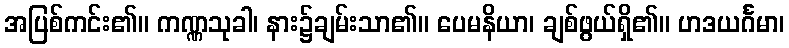
အပြစ်ကင်း၏။ ကဏ္ဏသုခါ၊ နား၌ချမ်းသာ၏။ ပေမနိယာ၊ ချစ်ဖွယ်ရှိ၏။ ဟဒယင်္ဂမာ၊